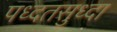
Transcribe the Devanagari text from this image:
पध्दतसुध्दा